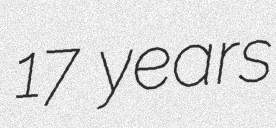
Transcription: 17 years